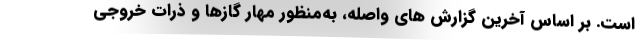
است. بر اساس آخرین گزارش های واصله، به‌منظور مهار گازها و ذرات خروجی